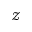
\mathcal { Z }